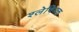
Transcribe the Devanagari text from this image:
श्लेषिमक